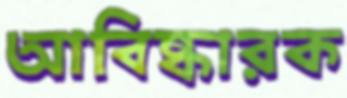
আবিষ্কারক